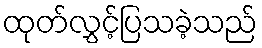
ထုတ်လွှင့်ပြသခဲ့သည်